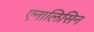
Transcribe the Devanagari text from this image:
एनालिसिन